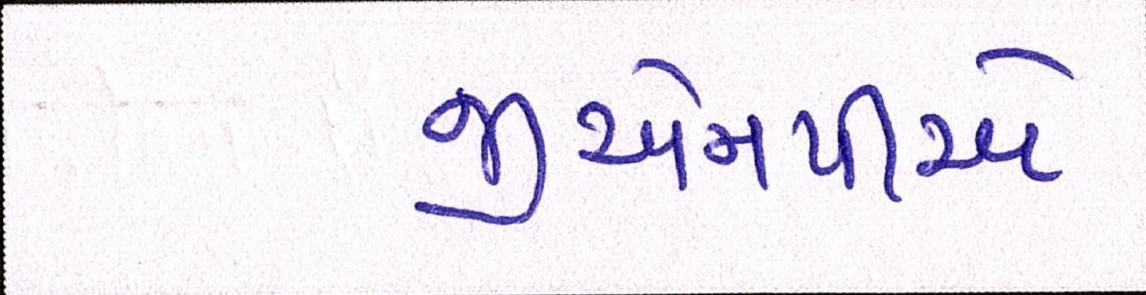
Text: જીએનપીએ